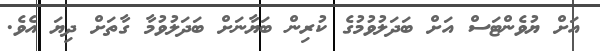
އަށް ޔުވެންޓަސް އަށް ބަދަލުވުމުގެ ކުރިން ބަޔާނަށް ބަދަލުވުމާ ގާތަށް ދިޔަ އެވެ.